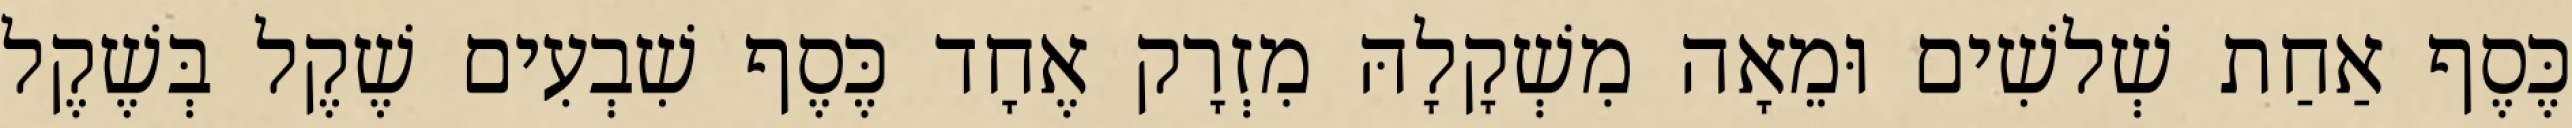
כֶּסֶף אַחַת שְׁלשִׁים וּמֵאָה מִשְׁקָלָהּ מִזְרָק אֶחָד כֶּסֶף שִׁבְעִים שֶׁקֶל בְּשֶׁקֶל